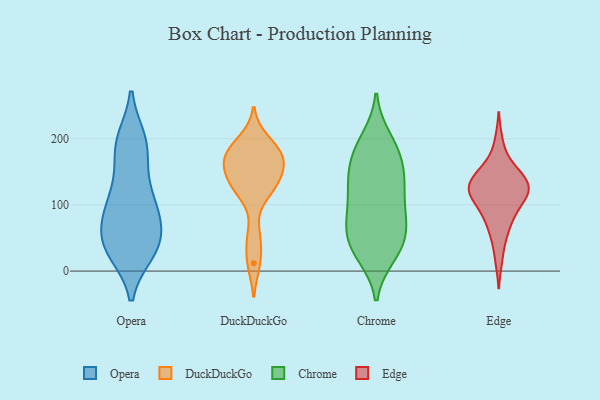
{"axis": {"x": "Production Output", "y": "Value"}, "legend": ["Chrome", "DuckDuckGo", "Edge", "Opera"], "data": [{"x": "", "y": 96, "type": "Opera"}, {"x": "", "y": 190, "type": "Opera"}, {"x": "", "y": 35, "type": "Opera"}, {"x": "", "y": 120, "type": "Opera"}, {"x": "", "y": 91, "type": "Opera"}, {"x": "", "y": 192, "type": "Opera"}, {"x": "", "y": 34, "type": "Opera"}, {"x": "", "y": 36, "type": "Opera"}, {"x": "", "y": 197, "type": "Opera"}, {"x": "", "y": 188, "type": "Opera"}, {"x": "", "y": 41, "type": "Opera"}, {"x": "", "y": 98, "type": "Opera"}, {"x": "", "y": 67, "type": "Opera"}, {"x": "", "y": 30, "type": "Opera"}, {"x": "", "y": 46, "type": "Opera"}, {"x": "", "y": 141, "type": "Opera"}, {"x": "", "y": 84, "type": "Opera"}, {"x": "", "y": 197, "type": "DuckDuckGo"}, {"x": "", "y": 136, "type": "DuckDuckGo"}, {"x": "", "y": 172, "type": "DuckDuckGo"}, {"x": "", "y": 12, "type": "DuckDuckGo"}, {"x": "", "y": 122, "type": "DuckDuckGo"}, {"x": "", "y": 126, "type": "DuckDuckGo"}, {"x": "", "y": 176, "type": "DuckDuckGo"}, {"x": "", "y": 178, "type": "DuckDuckGo"}, {"x": "", "y": 148, "type": "DuckDuckGo"}, {"x": "", "y": 51, "type": "DuckDuckGo"}, {"x": "", "y": 166, "type": "DuckDuckGo"}, {"x": "", "y": 76, "type": "Chrome"}, {"x": "", "y": 199, "type": "Chrome"}, {"x": "", "y": 176, "type": "Chrome"}, {"x": "", "y": 70, "type": "Chrome"}, {"x": "", "y": 34, "type": "Chrome"}, {"x": "", "y": 79, "type": "Chrome"}, {"x": "", "y": 187, "type": "Chrome"}, {"x": "", "y": 35, "type": "Chrome"}, {"x": "", "y": 140, "type": "Chrome"}, {"x": "", "y": 138, "type": "Chrome"}, {"x": "", "y": 135, "type": "Chrome"}, {"x": "", "y": 58, "type": "Chrome"}, {"x": "", "y": 35, "type": "Chrome"}, {"x": "", "y": 25, "type": "Chrome"}, {"x": "", "y": 93, "type": "Chrome"}, {"x": "", "y": 143, "type": "Chrome"}, {"x": "", "y": 112, "type": "Chrome"}, {"x": "", "y": 180, "type": "Chrome"}, {"x": "", "y": 113, "type": "Edge"}, {"x": "", "y": 85, "type": "Edge"}, {"x": "", "y": 138, "type": "Edge"}, {"x": "", "y": 123, "type": "Edge"}, {"x": "", "y": 93, "type": "Edge"}, {"x": "", "y": 61, "type": "Edge"}, {"x": "", "y": 123, "type": "Edge"}, {"x": "", "y": 134, "type": "Edge"}, {"x": "", "y": 122, "type": "Edge"}, {"x": "", "y": 121, "type": "Edge"}, {"x": "", "y": 110, "type": "Edge"}, {"x": "", "y": 145, "type": "Edge"}, {"x": "", "y": 163, "type": "Edge"}, {"x": "", "y": 119, "type": "Edge"}, {"x": "", "y": 85, "type": "Edge"}, {"x": "", "y": 196, "type": "Edge"}, {"x": "", "y": 142, "type": "Edge"}, {"x": "", "y": 55, "type": "Edge"}, {"x": "", "y": 153, "type": "Edge"}, {"x": "", "y": 18, "type": "Edge"}]}